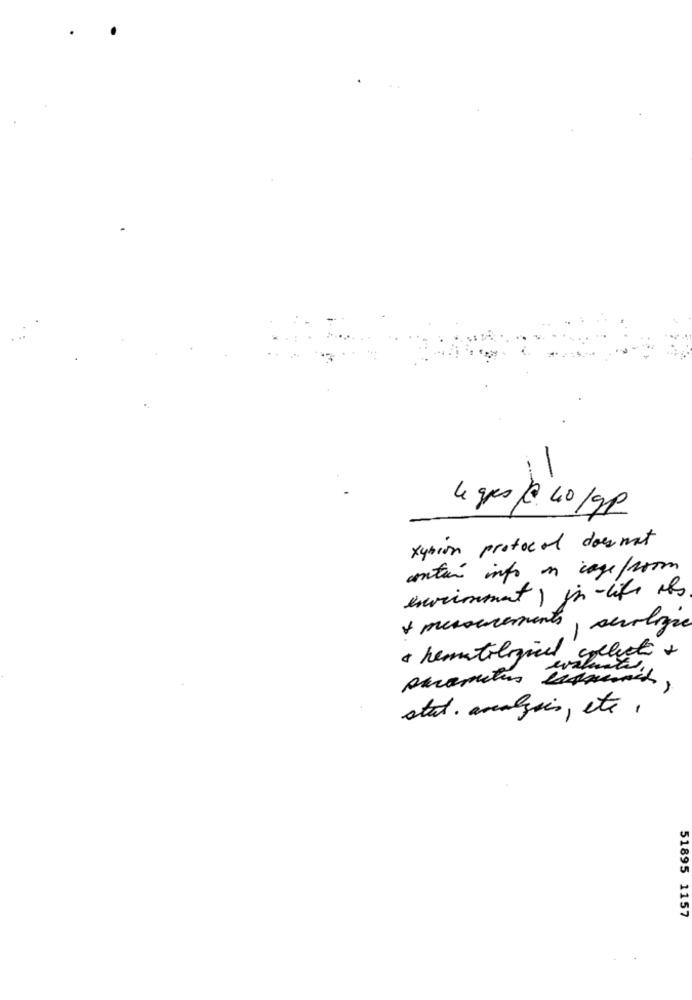
le gps /@ 40/gp
xybion protocol does not
contar info in cage/room
environment ) jn-life its
+ mesoucements
I senologie
· hematological collecte +
evaluate
stat. avalgues, etc.
51895 1157